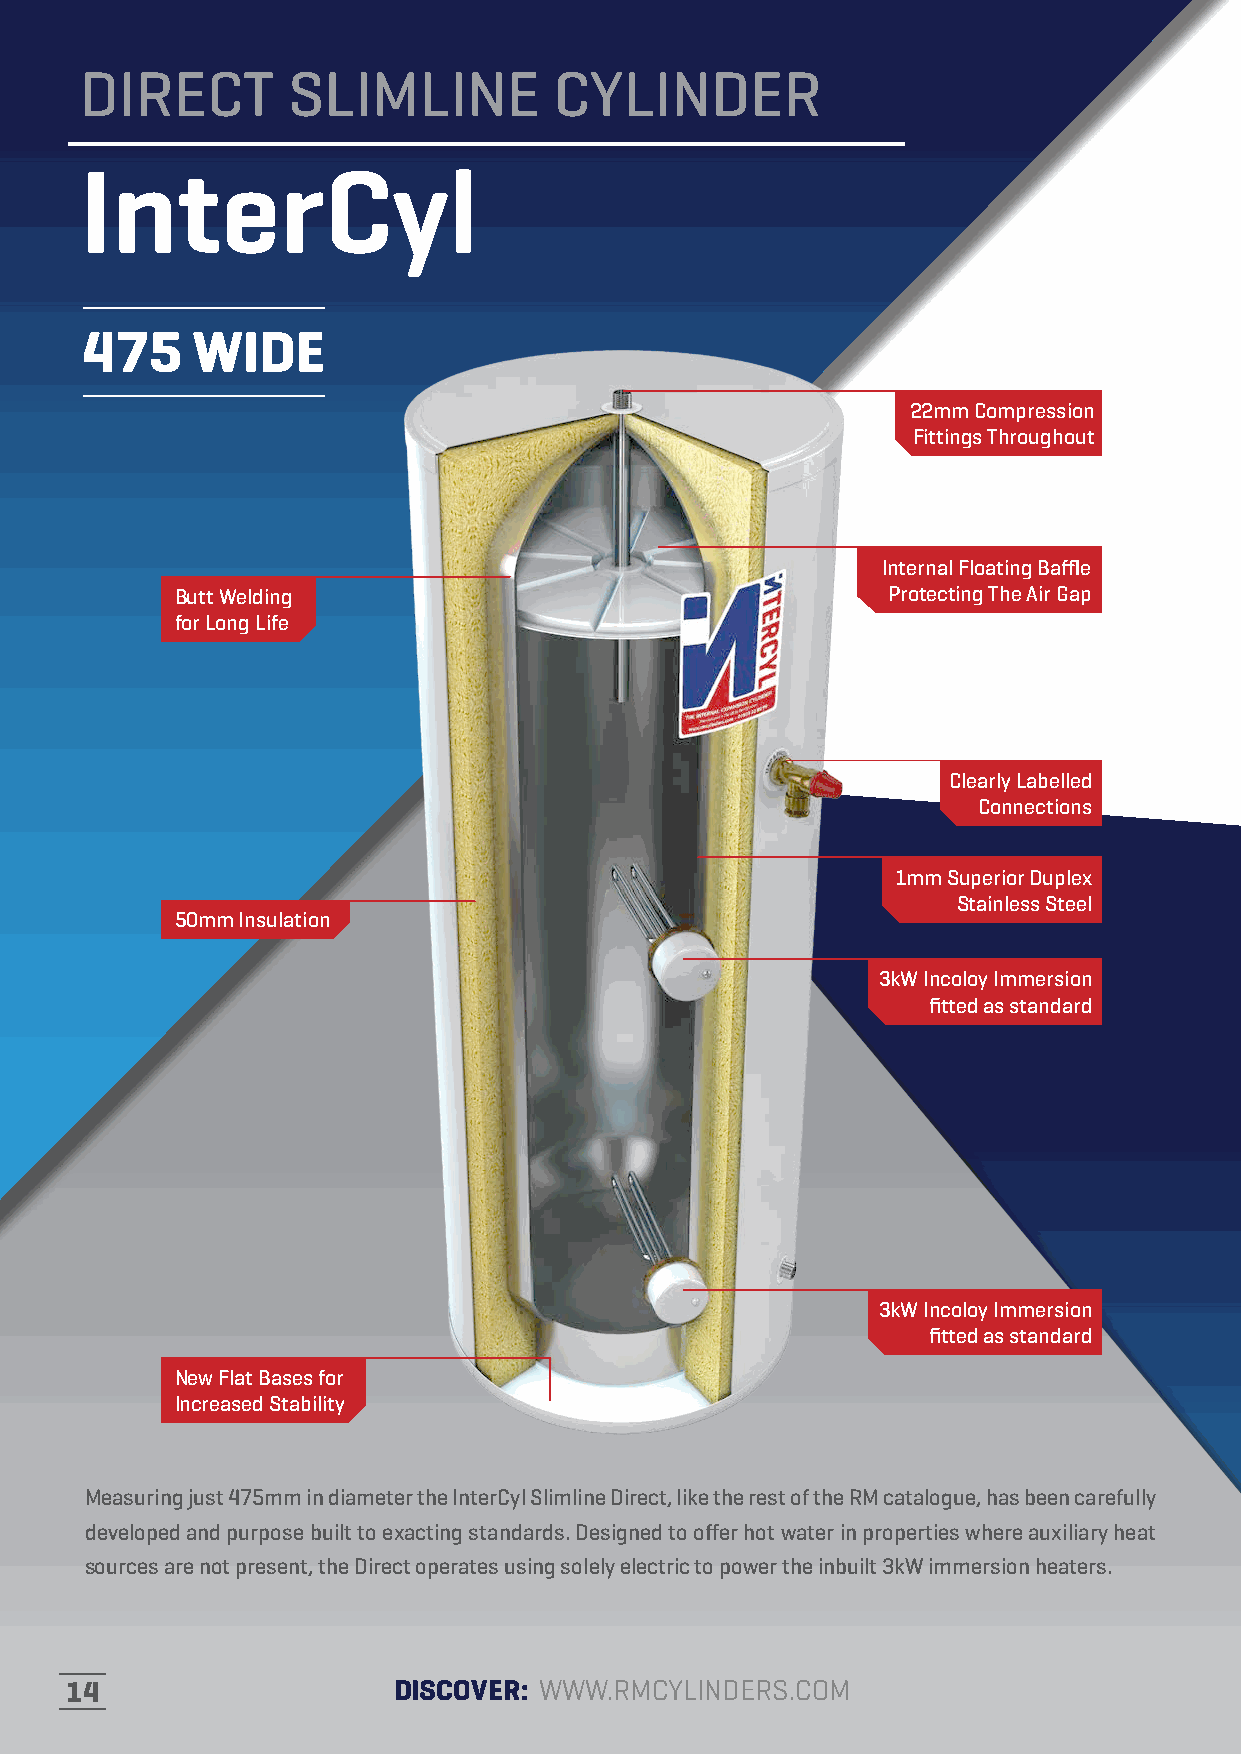
DIRECT        SLIMLINE          CYLINDER
 InterCyl
 475     WIDE
 22mm Compression
 Fittings Throughout
 Internal Floating Baffle
 Butt Welding                                   Protecting The Air Gap
 for Long Life
 Clearly Labelled
 Connections
 1mm Superior Duplex
 Stainless Steel
 50mm Insulation
 3kW Incoloy Immersion
 fitted as standard
 3kW Incoloy Immersion
 fitted as standard
 New Flat Bases for
 Increased Stability
 Measuring just 475mm in diameter the InterCyl Slimline Direct, like the rest of the RM catalogue, has been carefully
 developed and purpose built to exacting standards. Designed to offer hot water in properties where auxiliary heat
 sources are not present, the Direct operates using solely electric to power the inbuilt 3kW immersion heaters.
 14                    DISCOVER: WWW.RMCYLINDERS.COM                    10